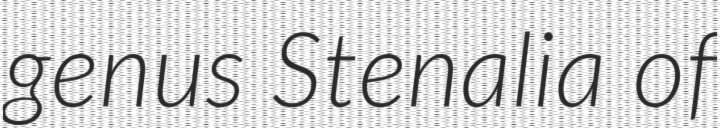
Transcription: genus Stenalia of